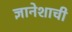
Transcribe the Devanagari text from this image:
ज्ञानेशाची